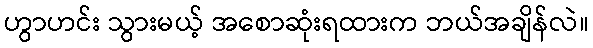
ဟွာဟင်း သွားမယ့် အစောဆုံးရထားက ဘယ်အချိန်လဲ။